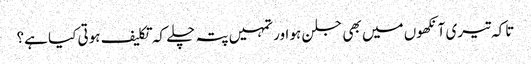
تاکہ تیری آنکھوں میں بھی جلن ہو اور تمہیں پتہ چلے کہ تکلیف ہوتی کیا ہے؟